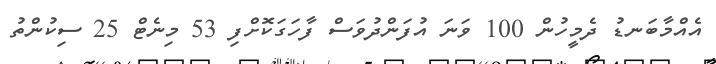
އެއްމާބަނޑު ދެމީހުން 100 ވަނަ އުފަންދުވަސް ފާހަގަކޮށްފި 53 މިނެޓް 25 ސިކުންތު